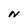
Character: N